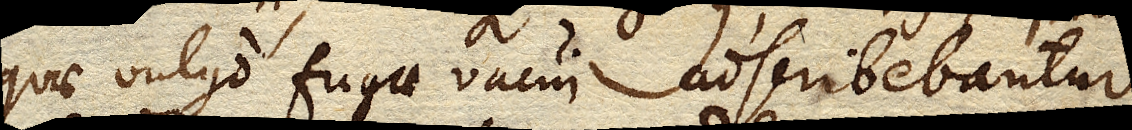
quae vulgo fugae vacui adscribebantur